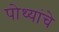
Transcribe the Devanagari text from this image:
पोथ्यांचे